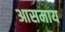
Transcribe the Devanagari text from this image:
आसमाय